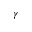
\gamma